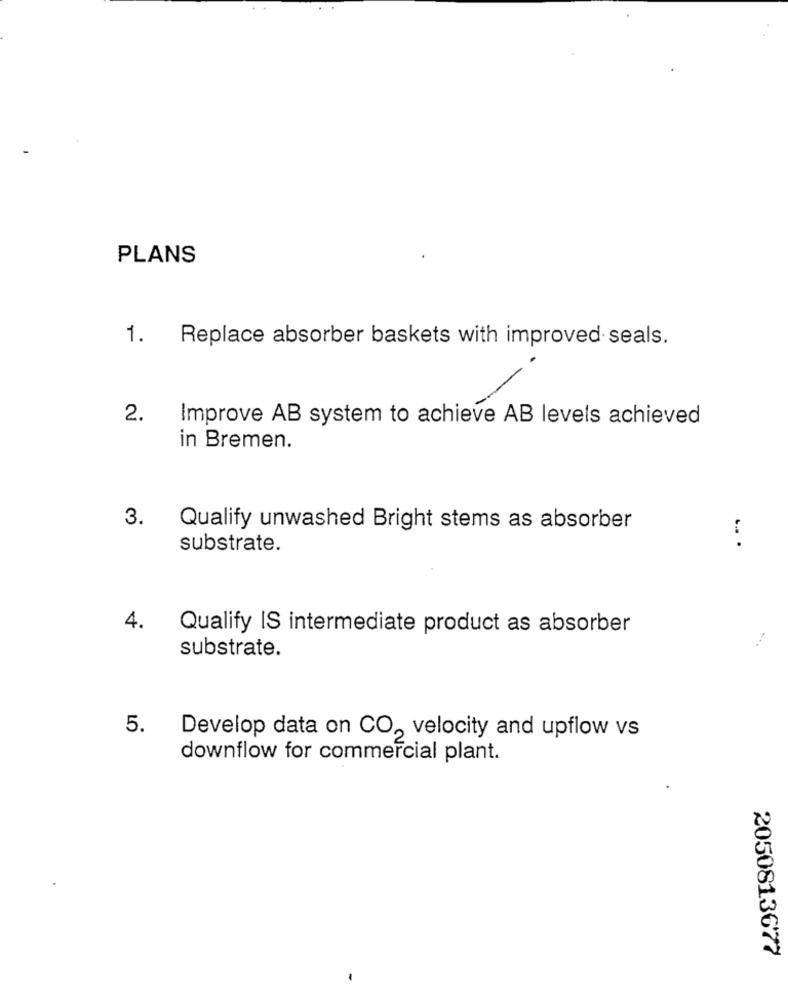
PLANS
1.
Replace absorber baskets with improved seals.
2.
Improve AB system to achieve AB levels achieved
in Bremen.
3.
Qualify unwashed Bright stems as absorber
substrate.
.. .
4.
Qualify IS intermediate product as absorber
substrate.
5.
Develop data on CO, velocity and upflow vs
downflow for commercial plant.
2050813677